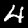
Digit: 4